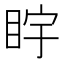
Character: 𪾩